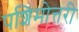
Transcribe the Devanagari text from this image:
पशिमोत्तरी